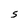
Character: S